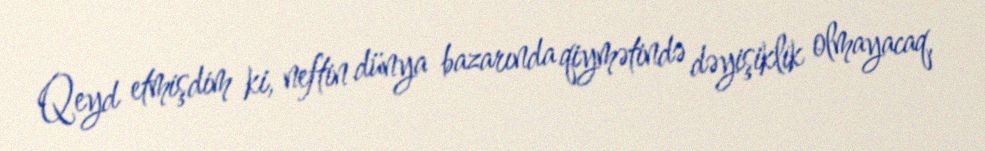
Qeyd etmişdim ki, neftin dünya bazarında qiymətində dəyişiklik olmayacaq,